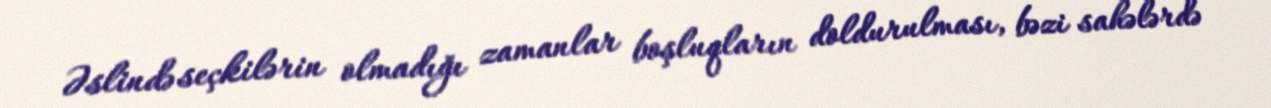
Əslində seçkilərin olmadığı zamanlar boşluqların doldurulması, bəzi sahələrdə